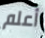
أعلم